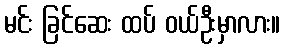
မင်း ခြင်ဆေး ထပ် ဝယ်ဦးမှာလား။